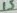
Text: 15